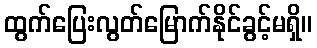
ထွက်ပြေးလွတ်မြောက်နိုင်ခွင့်မရှိ။